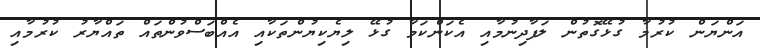
އަންޔަން ކުރުމާ ގުޅޭގޮތުން ލަފާދިނުމާއި އެކަންކަމާ ގުޅޭ ލިޔެކިޔުންތަކާއި އެއްބަސްވުންތައް ތައްޔާރު ކުރުމާއި